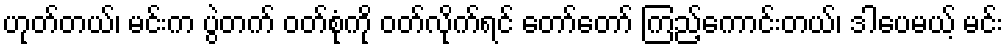
ဟုတ်တယ်၊ မင်းက ပွဲတက် ဝတ်စုံကို ဝတ်လိုက်ရင် တော်တော် ကြည့်ကောင်းတယ်၊ ဒါပေမယ့် မင်း